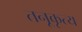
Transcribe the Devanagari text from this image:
तनूकृत्य